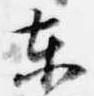
東